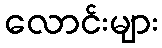
လောင်းများ